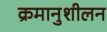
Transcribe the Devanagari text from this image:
क्रमानुशीलन